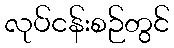
လုပ်ငန်းစဉ်တွင်